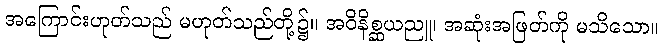
အကြောင်းဟုတ်သည် မဟုတ်သည်တို့၌။ အဝိနိစ္ဆယညူ၊ အဆုံးအဖြတ်ကို မသိသော။